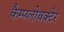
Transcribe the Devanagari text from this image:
कैम्प्य्लोबक्टेर